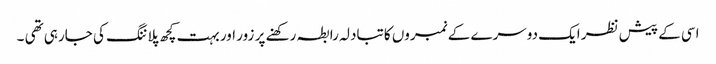
اسی کے پیش نظر ایک دوسرے کے نمبروں کا تبادلہ رابطہ رکھنے پر زور اور بہت کچھ پلاننگ کی جارہی تھی ۔